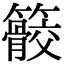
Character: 䉰